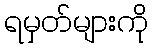
ရမှတ်များကို